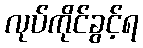
လုပ်ကိုင်ခွင့်ရ